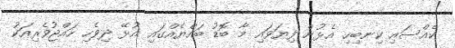
ކެއްސައި ކިނބިހި އެޅުން ފިޔަވައި މާ ބޮޑު ބައްޔެއްގައި އުޅޭ ދިވެހި ހައްޖުވެރިއަކު